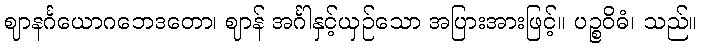
ဈာနင်္ဂယောဂဘေဒတော၊ ဈာန် အင်္ဂါနှင့်ယှဉ်သော အပြားအားဖြင့်။ ပဉ္စဝိဓံ၊ သည်။